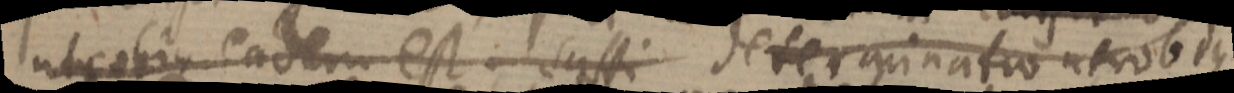
utrobique eadem est suffi determinatio utrobique